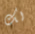
لك